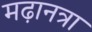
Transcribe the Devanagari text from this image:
मढ़ानत्रा